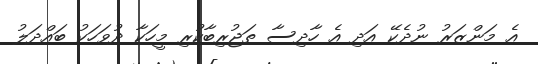
އެ މަންޒަރު ނުދެކޭ އަދި އެ ހާދިސާ ތަޖުރިބާކުރި މީހަކާ ދުވަހަކު ބައްދަލު